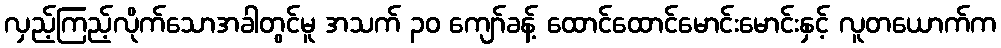
လှည့်ကြည့်လိုက်သောအခါတွင်မူ အသက် ၃၀ ကျော်ခန့် ထောင်ထောင်မောင်းမောင်းနှင့် လူတယောက်က